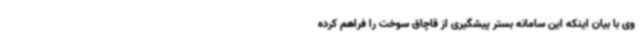
وی با بیان اینکه این سامانه بستر پیشگیری از قاچاق سوخت را فراهم کرده